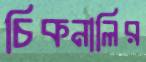
চিকনালির